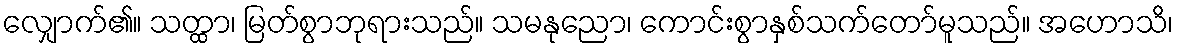
လျှောက်၏။ သတ္ထာ၊ မြတ်စွာဘုရားသည်။ သမနုညော၊ ကောင်းစွာနှစ်သက်တော်မူသည်။ အဟောသိ၊